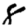
Digit: 8